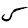
Digit: 5